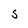
Character: S